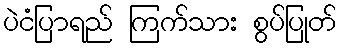
ပဲငံပြာရည် ကြက်သား စွပ်ပြုတ်